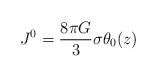
\begin{align*}J^{0} = \frac{8{\pi}G}{3} {\sigma} {\theta}_{0}(z)\end{align*}